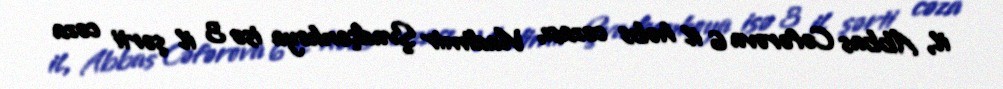
il, Abbas Cəfərova 6 il həbs cəzası, Vladimir Şvadçenkoya isə 3 il şərti cəza